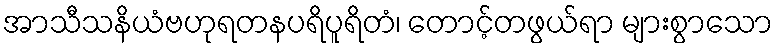
အာသီသနိယံဗဟုရတနပရိပူရိတံ၊ တောင့်တဖွယ်ရာ များစွာသော